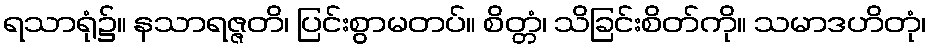
ရသာရုံ၌။ နသာရဇ္ဇတိ၊ ပြင်းစွာမတပ်။ စိတ္တံ၊ သိခြင်းစိတ်ကို။ သမာဒဟိတုံ၊